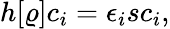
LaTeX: \begin{array}{l}{{\displaystyle h[\varrho]c_{i}=\epsilon_{i}sc_{i}},}\end{array}